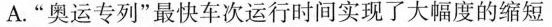
A.“奥运专列”最快车次运行时间实现了大幅度的缩短